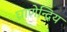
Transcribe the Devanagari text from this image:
घ्राणेन्द्रिय